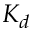
K _ { d }